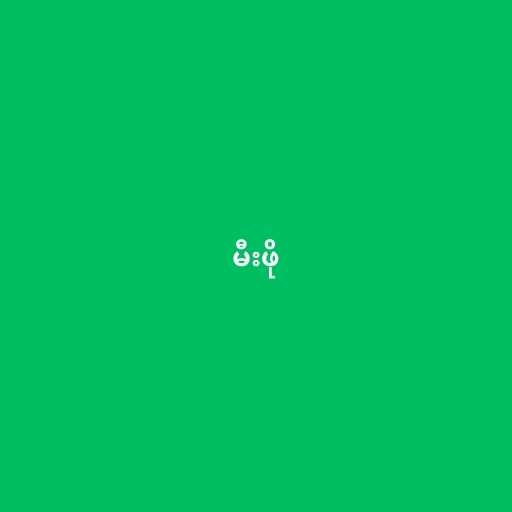
မီးဖို